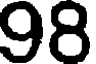
98